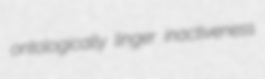
ontologically linger inactiveness